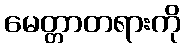
မေတ္တာတရားကို